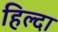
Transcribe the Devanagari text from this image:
हिल्दा